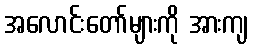
အလောင်းတော်များကို အားကျ